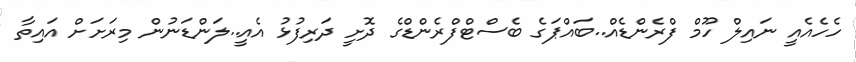
ހެހެއެއީ ނައިލް ހޫމް ފްރެންޑެއް..ބައްޕަގެ ބެސްޓްފްރެންޑްގެ ދޮށީ ދަރިފުޅު އެއީ..ލަންޑަނުން މިރަށަށް އައިތާ